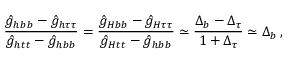
\frac { \hat { g } _ { h b b } - \hat { g } _ { h \tau \tau } } { \hat { g } _ { h t t } - \hat { g } _ { h b b } } = \frac { \hat { g } _ { H b b } - \hat { g } _ { H \tau \tau } } { \hat { g } _ { H t t } - \hat { g } _ { h b b } } \simeq \frac { \Delta _ { b } - \Delta _ { \tau } } { 1 + \Delta _ { \tau } } \simeq \Delta _ { b } \, ,